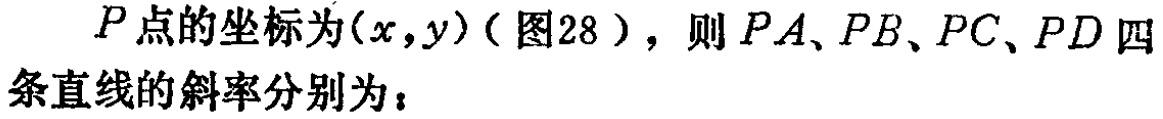
\(P\)点的坐标为\((x,y)\)（图28），则\(PA、PB、PC、PD\)四条直线的斜率分别为：